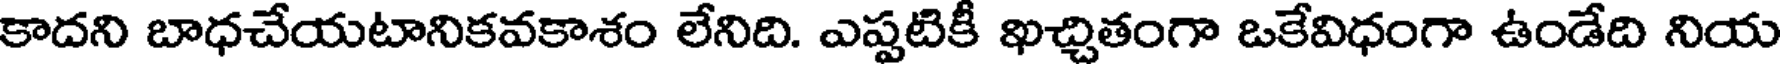
కాదని బాధచేయటానికవకాశం లేనిది. ఎప్పటికీ ఖచ్చితంగా ఒకేవిధంగా ఉండేది నియ